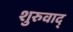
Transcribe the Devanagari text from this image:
शुरुवाद्